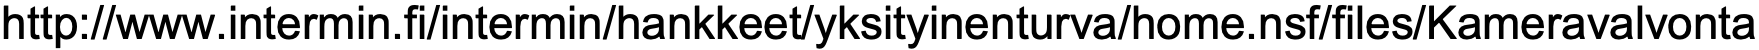
http://www.intermin.fi/intermin/hankkeet/yksityinenturva/home.nsf/files/Kameravalvonta